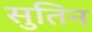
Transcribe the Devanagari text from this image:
सुतिन